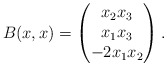
\begin{align*}B(x,x) =\begin{pmatrix}x_2x_3 \\ x_1x_3 \\ -2 x_1 x_2\end{pmatrix}. \end{align*}